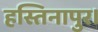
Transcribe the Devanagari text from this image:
हस्तिनापुर।